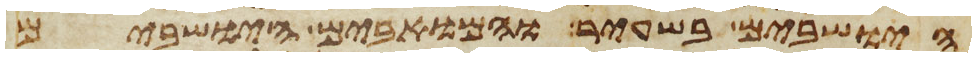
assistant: הישבים בשעיר והמואבים הישבים